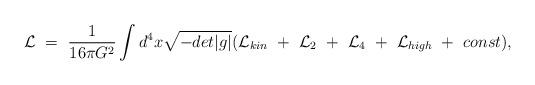
LaTeX: \begin{align*}{\cal L} ~=~ {1\over 16\pi G^2}\int d^4x \sqrt{-det|g|}( {\cal L}_{kin}~+~{\cal L}_2~+~{\cal L}_4~+~{\cal L}_{high}~+~const ),\end{align*}